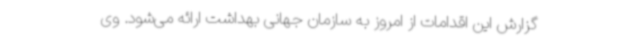
گزارش این اقدامات از امروز به سازمان جهانی بهداشت ارائه می‌شود. وی